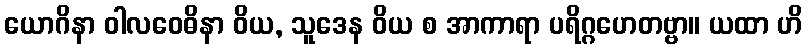
ယောဂိနာ ဝါလဝေဓိနာ ဝိယ, သူဒေန ဝိယ စ အာကာရာ ပရိဂ္ဂဟေတဗ္ဗာ။ ယထာ ဟိ